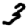
Digit: 3